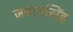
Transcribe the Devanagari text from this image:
जवानसिंह